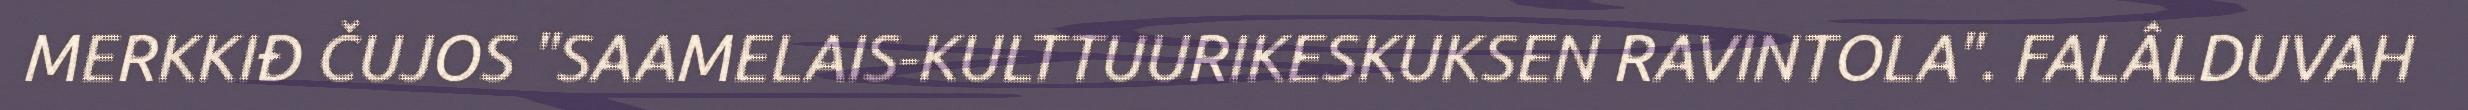
MERKKIĐ ČUJOS "SAAMELAIS-KULTTUURIKESKUKSEN RAVINTOLA". FALÂLDUVAH